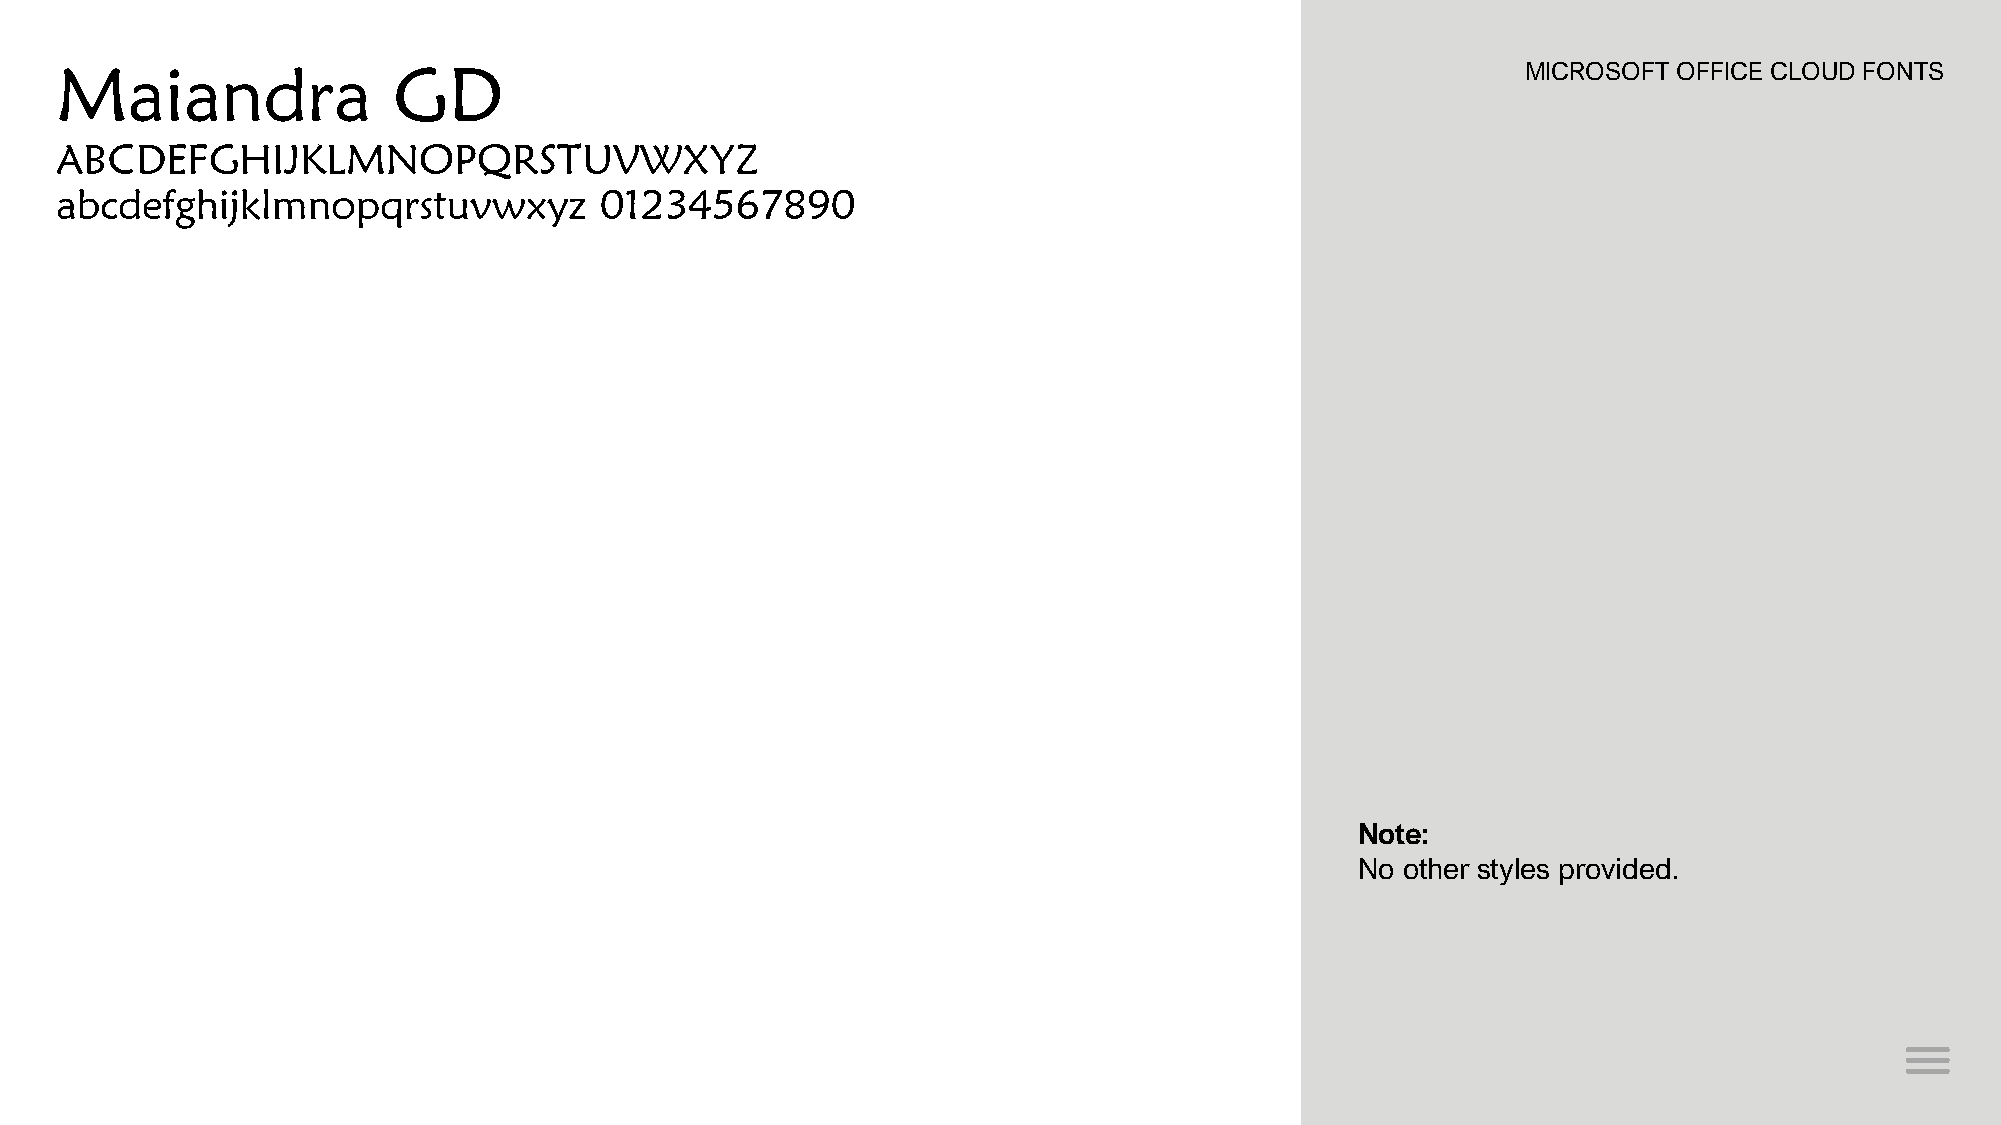
Maiandra              GD                                                                         MICROSOFT OFFICE CLOUD FONTS
 ABCDEFGHIJKLMNOPQRSTUVWXYZ
 abcdefghijklmnopqrstuvwxyz          01234567890
 Note:
 No other styles provided.